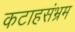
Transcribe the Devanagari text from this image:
कटाहसंभ्रम